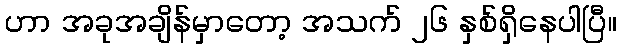
ဟာ အခုအချိန်မှာတော့ အသက် ၂၆ နှစ်ရှိနေပါပြီ။